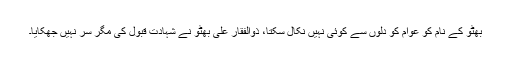
بھٹو کے نام کو عوام کو دلوں سے کوئی نہیں نکال سکتا، ذوالفقار علی بھٹو نے شہادت قبول کی مگر سر نہیں جھکایا۔